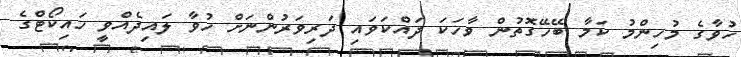
ހުވާގެ މުހިންމު ކަމާ ބޭހޭގޮތުން ވާހަކަ ދައްކަވައި ދަރިވަރުންނަށް ހުވާ ލައިދެއްވީ ހައިކޯޓްގެ